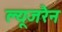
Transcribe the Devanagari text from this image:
ल्यूजरैन